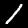
Digit: 1